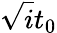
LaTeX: \sqrt{i}t_{0}